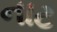
નાટ